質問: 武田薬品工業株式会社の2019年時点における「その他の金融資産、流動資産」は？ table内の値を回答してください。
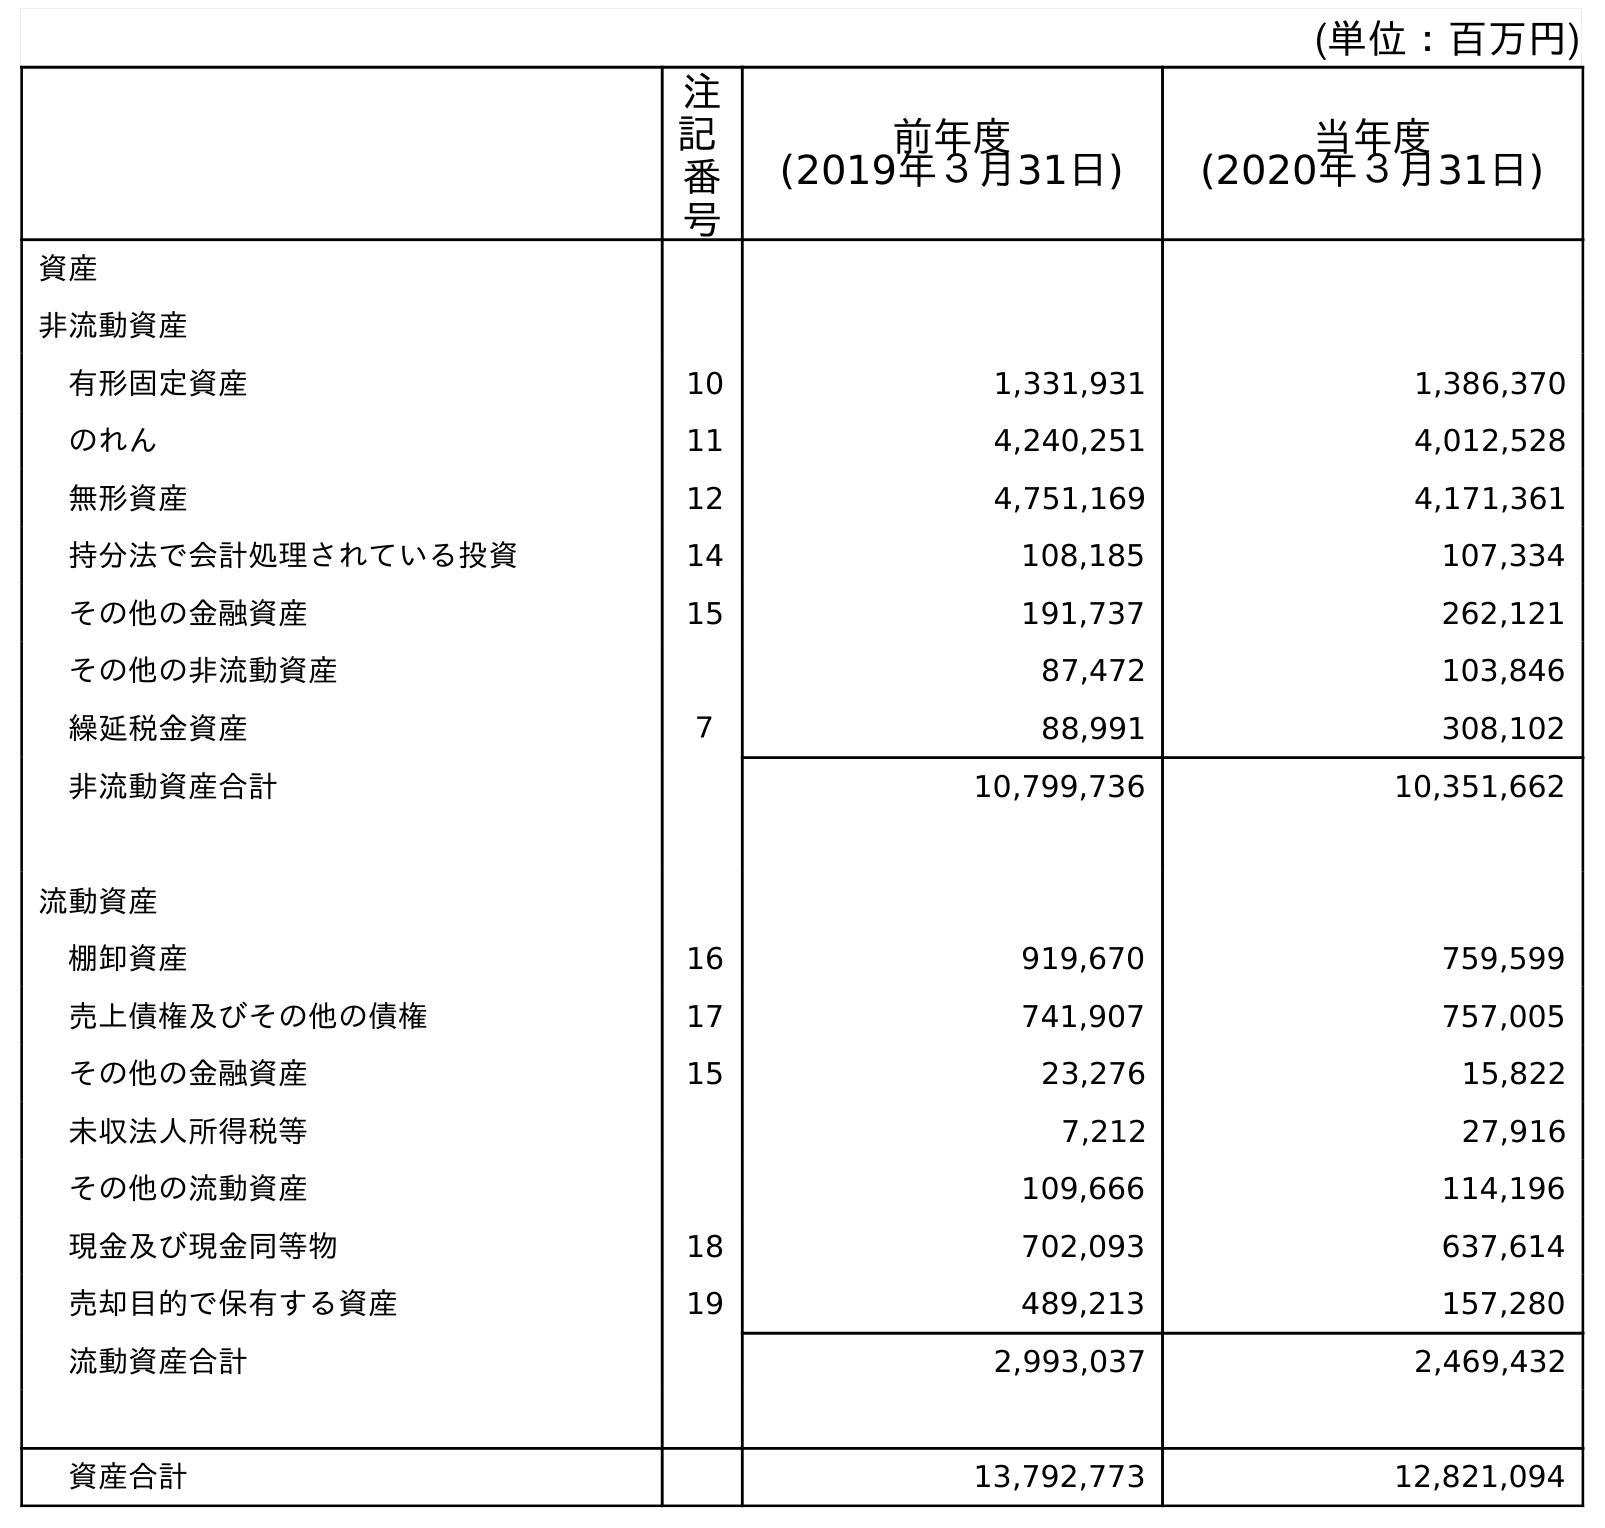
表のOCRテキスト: (単位：百万円) 注 記 番 号 前年度 (2019年３月31日) 当年度 (2020年３月31日) 資産 非流動資産 有形固定資産 10 1,331,931 1,386,370 のれん 11 4,240,251 4,012,528 無形資産 12 4,751,169 4,171,361 持分法で会計処理されている投資 14 108,185 107,334 その他の金融資産 15 191,737 262,121 その他の非流動資産 87,472 103,846 繰延税金資産 ７ 88,991 308,102 非流動資産合計 10,799,736 10,351,662 流動資産 棚卸資産 16 919,670 759,599 売上債権及びその他の債権 17 741,907 757,005 その他の金融資産 15 23,276 15,822 未収法人所得税等 7,212 27,916 その他の流動資産 109,666 114,196 現金及び現金同等物 18 702,093 637,614 売却目的で保有する資産 19 489,213 157,280 流動資産合計 2,993,037 2,469,432 資産合計 13,792,773 12,821,094
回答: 23,276